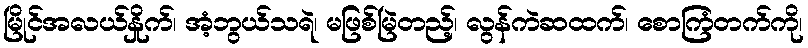
မြိုင်အလယ်နှိုက်၊ အံ့ဘွယ်သရဲ၊ မဖြစ်မြဲတည့်၊ လွန်ကဲဆထက်၊ စောကြံတက်ကို၊